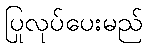
ပြုလုပ်ပေးမည်